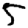
Digit: 5